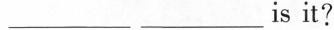
___ ___ is it?